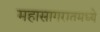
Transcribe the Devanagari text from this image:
महासागरातमध्ये